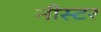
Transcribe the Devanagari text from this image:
नीस्टर